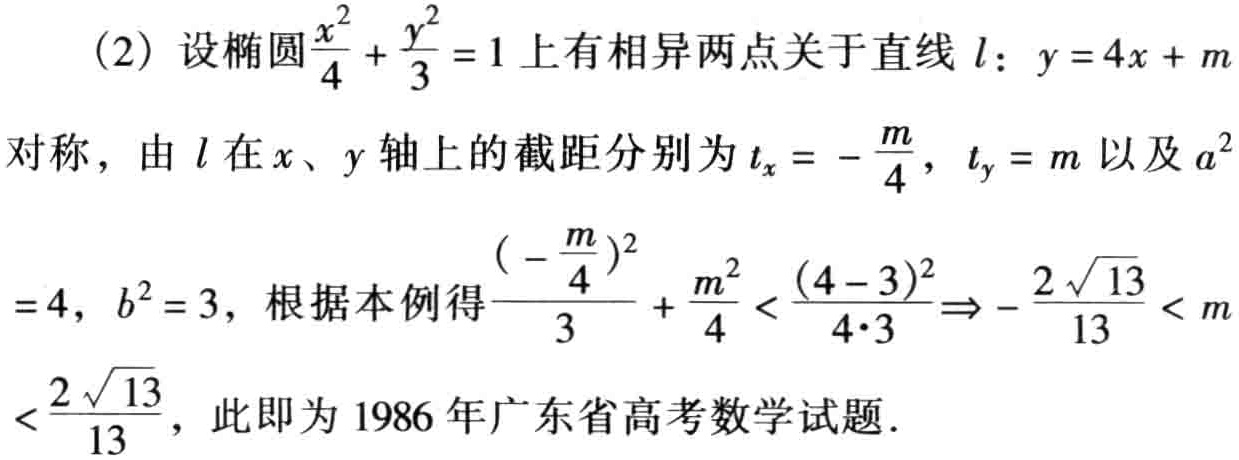
（2）设椭圆$\frac{x^{2}}{4}+\frac{y^{2}}{3}=1$上有相异两点关于直线$l$：$y = 4x + m$对称，由$l$在$x$、$y$轴上的截距分别为$t_{x}=-\frac{m}{4}$，$t_{y}=m$以及$a^{2}=4$，$b^{2}=3$，根据本例得$\frac{(-\frac{m}{4})^{2}}{3}+\frac{m^{2}}{4}<\frac{(4 - 3)^{2}}{4\cdot3}\Rightarrow-\frac{2\sqrt{13}}{13}<m<\frac{2\sqrt{13}}{13}$，此即为1986年广东省高考数学试题。